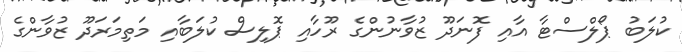
ކުލަބު ޕޯލްސްޓާ އާއި ފޮނަދޫ ޒުވާނުންގެ ރޫހާއި ޕޮލިސް ކުލަބާއި މަތިމަރަދޫ ޒުވާންގެ